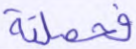
فحملته